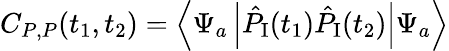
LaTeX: C_{P,P}(t_{1},t_{2})=\left\langle\Psi_{a}\left|\hat{P}_{\textrm{I}}(t_{1})\hat{P}_{\textrm{I}}(t_{2})\right|\Psi_{a}\right\rangle